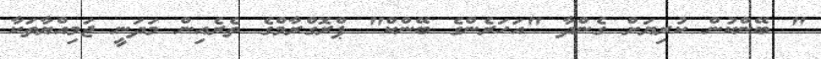
" ބޭންކުން ކުރިޔަށް ގެންދާ "އަހަރެންގެ ބޭންކް" ޕްރޮގްރާމްގެ ތެރެއިން މަދަނީ ޖަމިއްޔާތަކާ